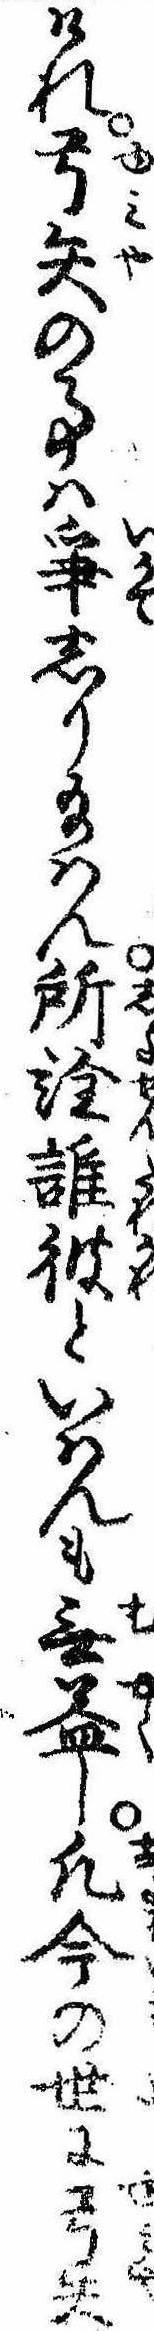
けれ弓矢の事は争しり給はん所詮誰彼といはんも無益し凡今の世に弓矢